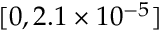
[ 0 , 2 . 1 \times 1 0 ^ { - 5 } ]